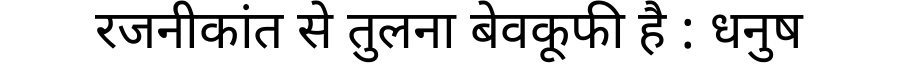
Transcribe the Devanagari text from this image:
रजनीकांत से तुलना बेवकूफी है : धनुष